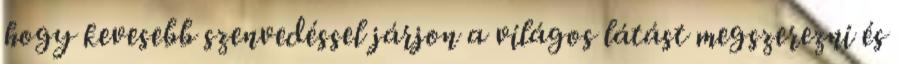
hogy kevesebb szenvedéssel járjon a világos látást megszerezni és